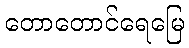
တောတောင်ရေမြေ